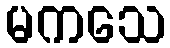
မကသေ